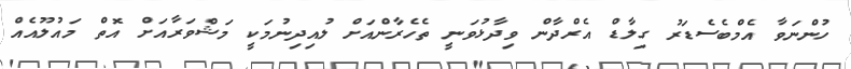
ހުންނަވާ އެމްބެސެޑަރު ގިލާޑް އެރްދާން ވިދާޅުވަނީ ތެހެރާންއަށް ލުއިދިނުމަކީ މަޝްވަރާއަށް އޮތް މައުލޫއެއް